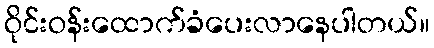
ဝိုင်းဝန်းထောက်ခံပေးလာနေပါတယ်။